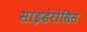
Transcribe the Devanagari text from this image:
साइडेरोसिस